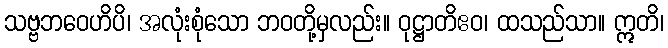
သဗ္ဗဘဝေဟိပိ၊ အလုံးစုံသော ဘဝတို့မှလည်း။ ဝုဋ္ဌာတိဧဝ၊ ထသည်သာ။ ဣတိ၊